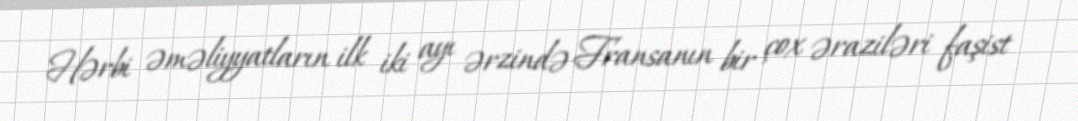
Hərbi əməliyyatların ilk iki ayı ərzində Fransanın bir çox əraziləri faşist